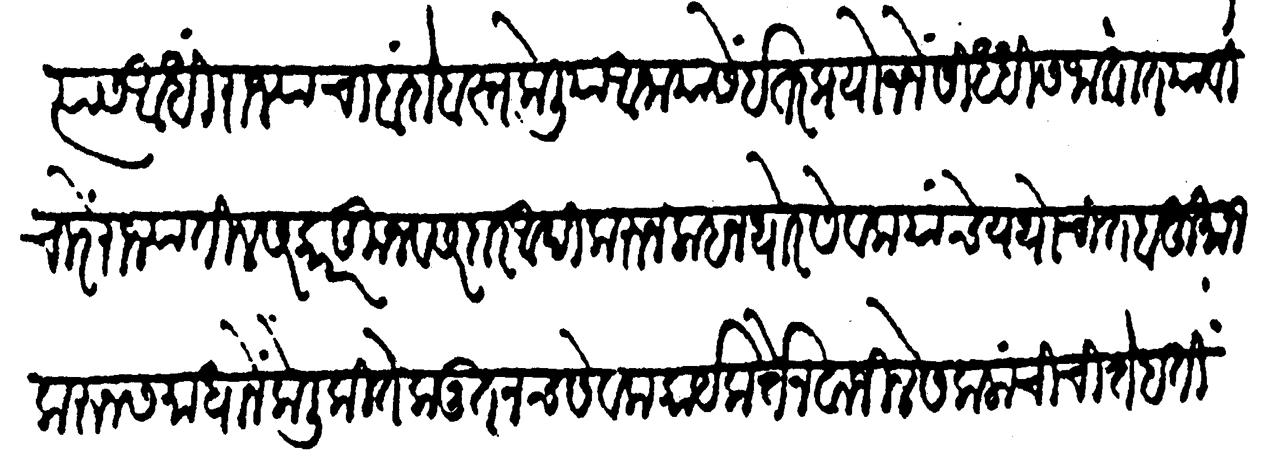
Transliteration (Devanagari): त्यास आधी राज्याचा बंदोबस्त केलिया आनायासें इतर प्रयोजनें सिद्धीस जातात या विचारें राज्यांतील सरकारकून व सरदार आदि करुन लाहन थोर सेवक यांचे यथोचित बहुमान करून समाधानें केलीं कितेक नूतनच सेवक कार्यकर्ते नवाजिले सकलांची चित्तें हती